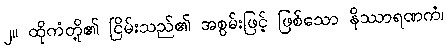
၂။ ထိုကံတို့၏ ငြိမ်းသည်၏ အစွမ်းဖြင့် ဖြစ်သော နိဿာရဏကံ၊